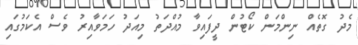
މެދު ގޮތެއް ނިންމަން ކޯޓުން ދީފައިވާ މުއްދަތު މިއަދު ހަމަވާއިރު ވެސް އެކަމުގައި